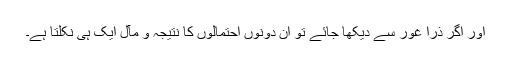
اور اگر ذرا غور سے دیکھا جائے تو ان دونوں احتمالوں کا نتیجہ و مآل ایک ہی نکلتا ہے۔